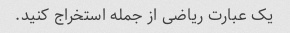
یک عبارت ریاضی از جمله استخراج کنید.